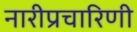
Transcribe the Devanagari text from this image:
नारीप्रचारिणी